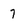
Character: 7